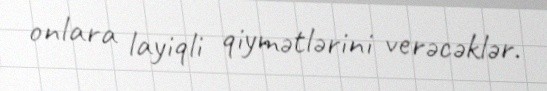
onlara layiqli qiymətlərini verəcəklər.